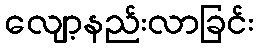
လျော့နည်းလာခြင်း